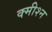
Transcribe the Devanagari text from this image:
क्मीश्न